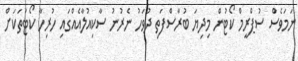
ނަމަވެސް ސުޕްރީމް ކޯޓުން މިދިޔަ ބުރާސްފަތި ދުވަހު ނެރުނު ސާކިއުލާއެއްގައި ހުރިހާ ކޯޓުތަކަށް